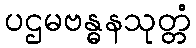
ပဌမဗန္ဓနသုတ္တံ